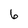
Character: 6